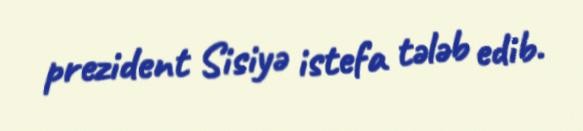
prezident Sisiyə istefa tələb edib.